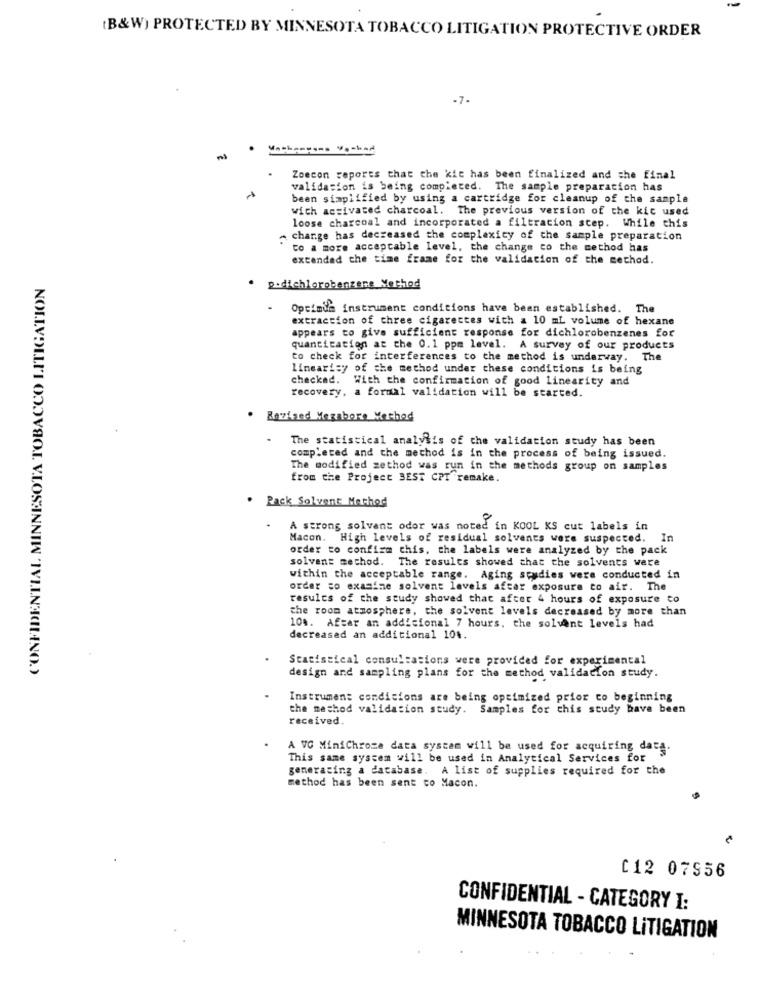
(B&W) PROTECTED BY MINNESOTA TOBACCO LITIGATION PROTECTIVE ORDER
-7-
Machemyans Vochad
Zoecon reports that the kic has been finalized and the final
validasion is being completed. The sample preparation has
been simplified by using a cartridge for cleanup of the sample
wich activated charcoal. The previous version of the kic used
loose charcoal and incorporated a filtration step. While this
change has decreased the complexity of the sample preparation
to a more acceptable level, the change co the method has
extended the time frame for the validation of the method.
CONFIDENTIAL MINNESOTA TOBACCO LITIGATION
p.dichlorobenzene Method
Optimum instrument conditions have been established. The
extraction of three cigarettes with a 10 mL volume of hexane
appears to give sufficient response for dichlorobenzenes for
quantitation at the 0.1 ppm level. A survey of our products
to check for interferences to the method is underway. The
Linearisy of the method under these conditions is being
checked. With the confirmation of good linearity and
recovery. a formal validation will be started.
. Revised Merabore Method
The statistical analysis of the validation study has been
completed and the method is in the process of being issued.
The modified zethod was run in the methods group on samples
from the Project BEST CPT remake.
Pack Solvent Method
A strong solvant odor was noted in KOOL KS cut labels in
Macon. High levels of residual solvents were suspected. In
order to confirm this, the labels were analyzed by the pack
solvent method. The results showed that the solvents were
within the acceptable range. Aging seudies were conducted in
order to examine solvent levels after exposure to air. The
results of the study showed that after 4 hours of exposure to
the room atmosphere, the solvent levels decreased by more than
104. After an addicional 7 hours, the solvant levels had
decreased an additional 104.
Statistical consultations were provided for experimental
design and sampling plans for the method validation study.
Instrument condicions are being optimized prior co beginning
the method validation study. Samples for this study have been
received.
A VG MiniChrome data system will be used for acquiring data.
This same system will be used in Analytical Services for
generating a database. A list of supplies required for the
method has been sent to Macon.
C12 07556
CONFIDENTIAL - CATEGORY I:
MINNESOTA TOBACCO LITIGATION